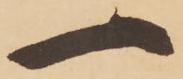
一